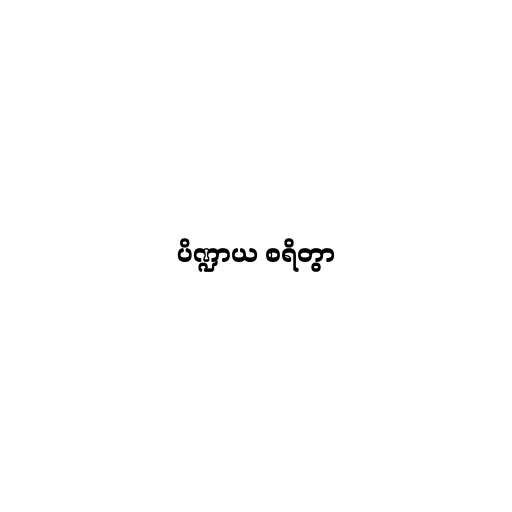
ပိဏ္ဍာယ စရိတွာ